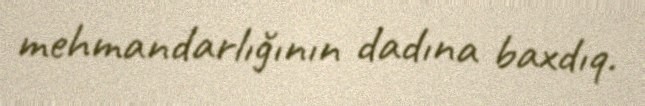
mehmandarlığının dadına baxdıq.